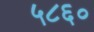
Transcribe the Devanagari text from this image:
५८६०